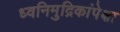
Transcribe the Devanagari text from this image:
ध्वनिमुद्रिकांपेक्षा